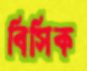
বিসিক